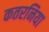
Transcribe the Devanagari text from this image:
कतरनिया